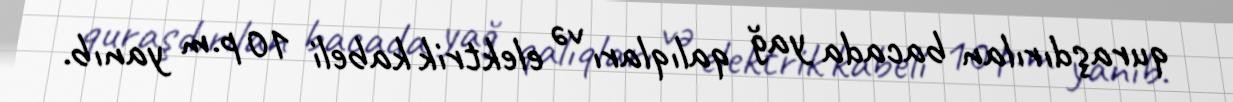
quraşdırılan bacada yağ qalıqları və elektrik kabeli 10 p.m yanıb.